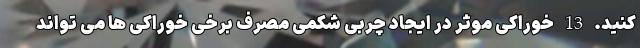
کنید. 13 خوراکی‌ موثر در ایجاد چربی شکمی مصرف برخی خوراکی ها می تواند